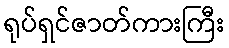
ရုပ်ရှင်ဇာတ်ကားကြီး